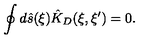
\oint { d } \hat { s } ( \xi ) { \hat { K } _ { D } } ( \xi , \xi ^ { \prime } ) = 0 .